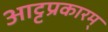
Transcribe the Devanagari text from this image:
आट्टप्रकारम्